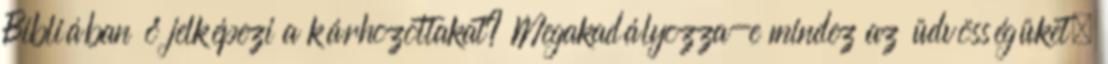
Bibliában ő jelképezi a kárhozottakat? Megakadályozza-e mindez az üdvösségüket,